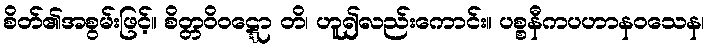
စိတ်၏အစွမ်းဖြင့်။ စိတ္တဝိဝဋ္ဋော တိ၊ ဟူ၍လည်းကောင်း။ ပစ္စနီကပဟာနဝသေန၊